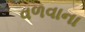
વળવાના